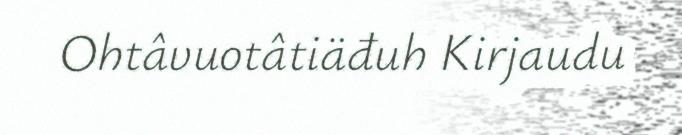
Ohtâvuotâtiäđuh Kirjaudu